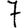
Digit: 7